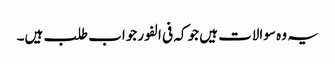
یہ وہ سوالات ہیں جو کہ فی الفور جواب طلب ہیں۔